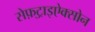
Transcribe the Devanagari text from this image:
सेफ़्ट्राइऐक्सोन